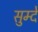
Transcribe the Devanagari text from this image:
सुम्दे